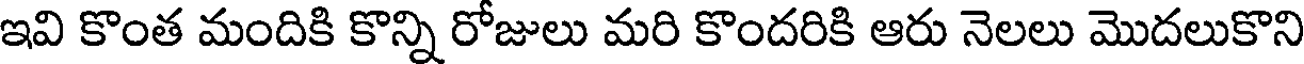
ఇవి కొంత మందికి కొన్ని రోజులు మరి కొందరికి ఆరు నెలలు మొదలుకొని